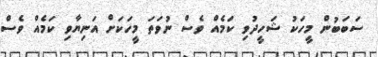
ސަބަބުން މީހަކު ޝަހީދުވި ކަމެއް ވެސް ނުވަތަ މީހަކަށް އަނިޔާވި ކަމެއް ވެސް